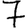
Digit: 7